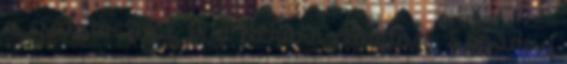
a csatatér felől, és a fickóra céloztam. Egy ideig